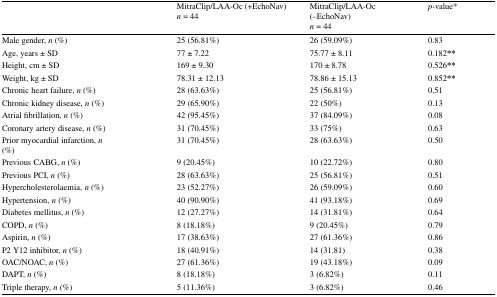
<table><thead><tr><td></td><td><b>MitraClip/LAA-Oc (+EchoNav)<i>n</i> = 44</b></td><td><b>MitraClip/LAA-Oc(−EchoNav)<i>n</i> = 44</b></td><td><b><i>p</i>-value*</b></td></tr></thead><tbody><tr><td>Male gender, <i>n</i> (%)</td><td>25 (56.81%)</td><td>26 (59.09%)</td><td>0.83</td></tr><tr><td>Age, years ± SD</td><td>77 ± 7.22</td><td>75.77 ± 8.11</td><td>0.182<b>**</b></td></tr><tr><td>Height, cm ± SD</td><td>169 ± 9.30</td><td>170 ± 8.78</td><td>0.526<b>**</b></td></tr><tr><td>Weight, kg ± SD</td><td>78.31 ± 12.13</td><td>78.86 ± 15.13</td><td>0.852<b>**</b></td></tr><tr><td>Chronic heart failure, <i>n</i> (%)</td><td>28 (63.63%)</td><td>25 (56.81%)</td><td>0.51</td></tr><tr><td>Chronic kidney disease, <i>n</i> (%)</td><td>29 (65.90%)</td><td>22 (50%)</td><td>0.13</td></tr><tr><td>Atrial fibrillation, <i>n</i> (%)</td><td>42 (95.45%)</td><td>37 (84.09%)</td><td>0.08</td></tr><tr><td>Coronary artery disease, <i>n</i> (%)</td><td>31 (70.45%)</td><td>33 (75%)</td><td>0.63</td></tr><tr><td>Prior myocardial infarction, <i>n</i>(%)</td><td>31 (70.45%)</td><td>28 (63.63%)</td><td>0.50</td></tr><tr><td>Previous CABG, <i>n</i> (%)</td><td>9 (20.45%)</td><td>10 (22.72%)</td><td>0.80</td></tr><tr><td>Previous PCI, <i>n</i> (%)</td><td>28 (63.63%)</td><td>25 (56.81%)</td><td>0.51</td></tr><tr><td>Hypercholesterolaemia, <i>n</i> (%)</td><td>23 (52.27%)</td><td>26 (59.09%)</td><td>0.60</td></tr><tr><td>Hypertension, <i>n</i> (%)</td><td>40 (90.90%)</td><td>41 (93.18%)</td><td>0.69</td></tr><tr><td>Diabetes mellitus, <i>n</i> (%)</td><td>12 (27.27%)</td><td>14 (31.81%)</td><td>0.64</td></tr><tr><td>COPD, <i>n</i> (%)</td><td>8 (18.18%)</td><td>9 (20.45%)</td><td>0.79</td></tr><tr><td>Aspirin, <i>n</i> (%)</td><td>17 (38.63%)</td><td>27 (61.36%)</td><td>0.86</td></tr><tr><td>P2 Y12 inhibitor, <i>n</i> (%)</td><td>18 (40.91%)</td><td>14 (31.81)</td><td>0.38</td></tr><tr><td>OAC/NOAC, <i>n</i> (%)</td><td>27 (61.36%)</td><td>19 (43.18%)</td><td>0.09</td></tr><tr><td>DAPT, <i>n</i> (%)</td><td>8 (18.18%)</td><td>3 (6.82%)</td><td>0.11</td></tr><tr><td>Triple therapy, <i>n</i> (%)</td><td>5 (11.36%)</td><td>3 (6.82%)</td><td>0.46</td></tr></tbody></table>